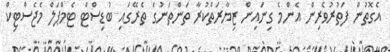
އެގޮތުން ފަތުރުވެރިން އެންމެ ގިނައިން ޒިޔާރަތްކުރާ ތަންތަނުގެ ތެރޭގައި ބުޑިސްޓް ޓެމްޕަލް މެޖެސްޓިކް